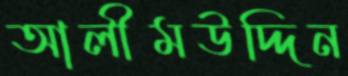
আলীমউদ্দিন